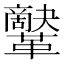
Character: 𩍷